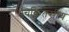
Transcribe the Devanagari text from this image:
चिकितसीय